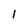
Character: 1